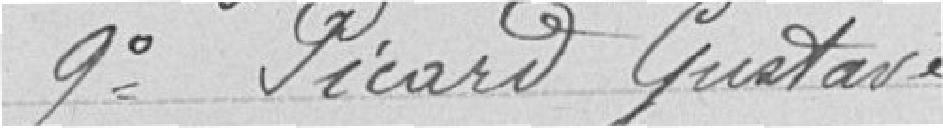
9° Picard Gustave